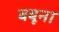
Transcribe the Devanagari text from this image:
बबूना